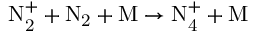
\mathrm { N _ { 2 } ^ { + } + N _ { 2 } + M \to N _ { 4 } ^ { + } + M }